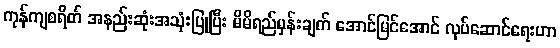
ကုန်ကျစရိတ် အနည်းဆုံးအသုံးပြုပြီး မိမိရည်မှန်းချက် အောင်မြင်အောင် လုပ်ဆောင်ရေးဟာ